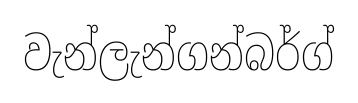
වැන්ලැන්ගන්බර්ග්